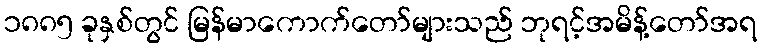
၁၈၈၅ ခုနှစ်တွင် မြန်မာကောက်တော်များသည် ဘုရင့်အမိန့်တော်အရ